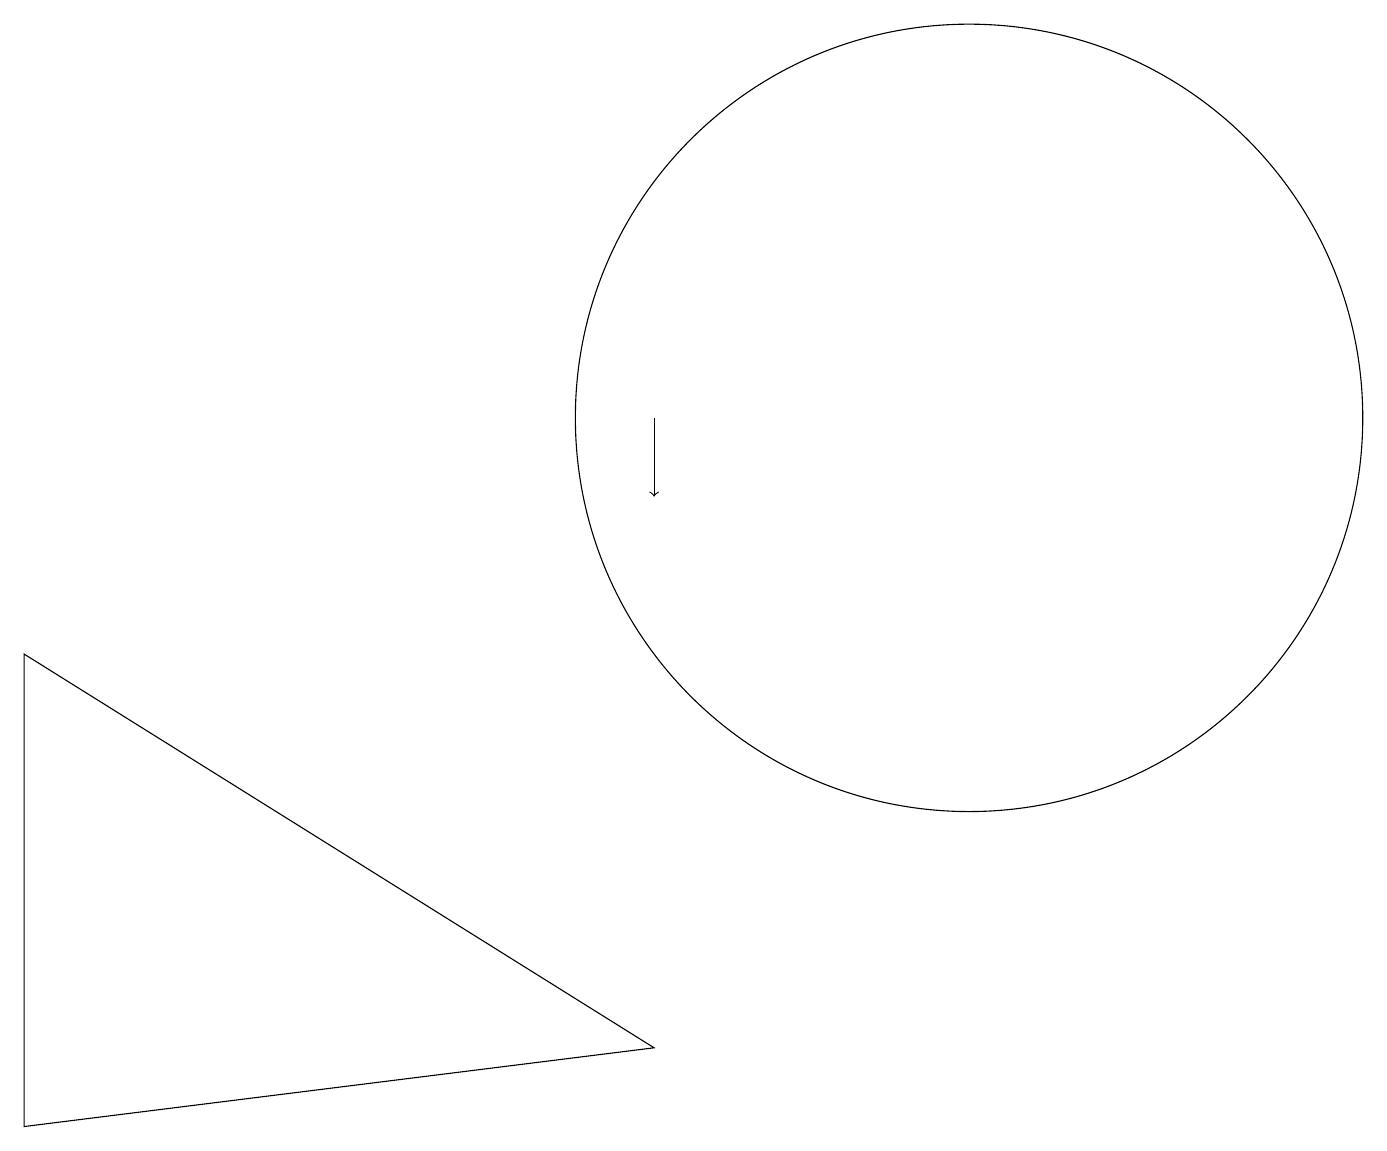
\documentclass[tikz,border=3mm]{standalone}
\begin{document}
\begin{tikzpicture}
\draw (12,11) circle (5);
\draw[->] (8,11) -- (8,10);
\draw (0,8) -- (0,2) -- (8,3) -- cycle;
\draw (2,14) rectangle (2,14);
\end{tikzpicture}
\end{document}